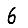
Digit: 6